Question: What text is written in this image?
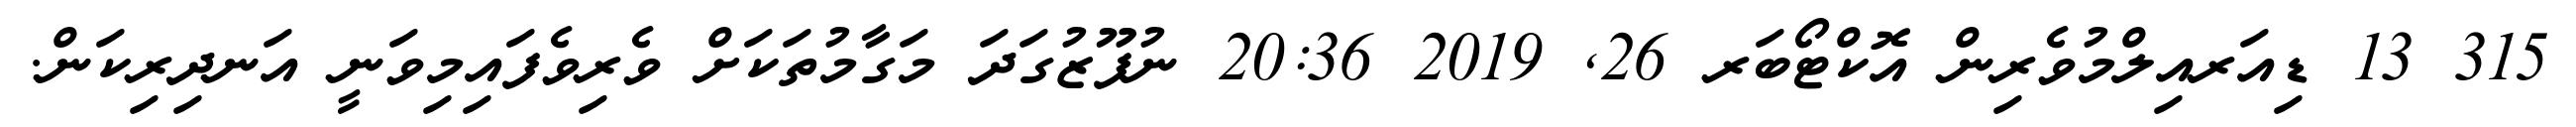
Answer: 315 13 ޑިއަރއިލްމުވެރިން އޮކްޓޯބަރ 26, 2019 20:36 ނުފޫޒުގަދަ މަގާމުތަކަށް ވެރިވެފައިމިވަނީ އަނދިރިކަން.